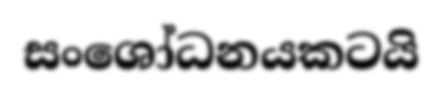
සංශෝධනයකටයි